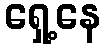
ရှေ့နေ